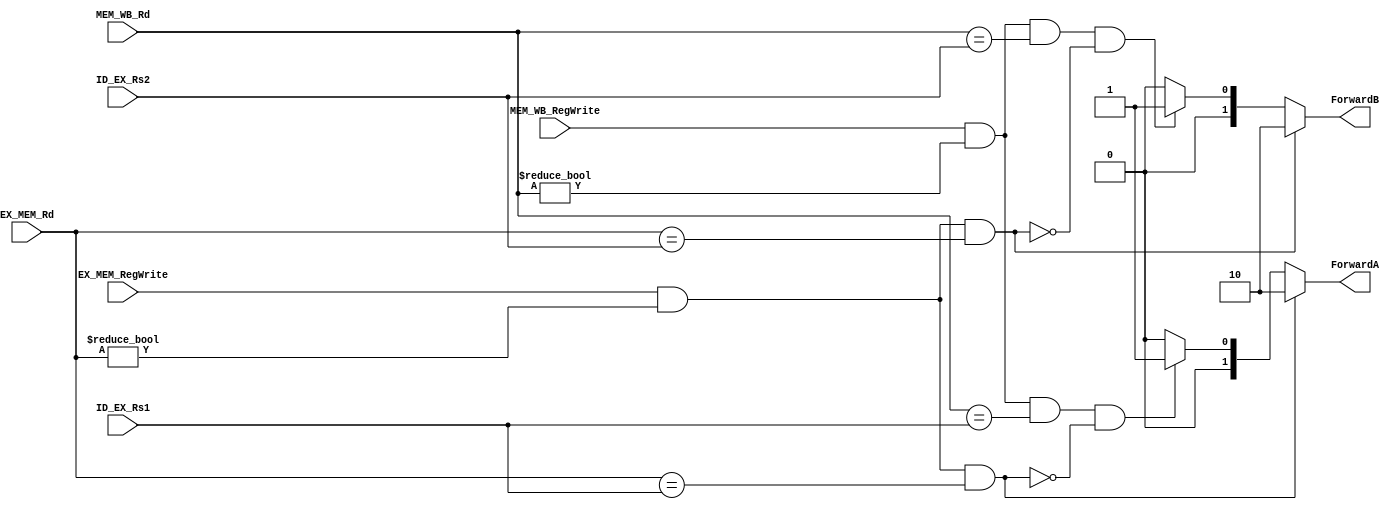

`timescale 1ns/1ns


module ForwardUnit(
    input [4:0]     ID_EX_Rs1,
    input [4:0]     ID_EX_Rs2,
    input           EX_MEM_RegWrite,
    input [4:0]     EX_MEM_Rd,
    input           MEM_WB_RegWrite,
    input [4:0]     MEM_WB_Rd,
    output reg[1:0] ForwardA,
    output reg[1:0] ForwardB

);  

    always @ (*) begin
        if (EX_MEM_RegWrite && (EX_MEM_Rd != 0) && (EX_MEM_Rd == ID_EX_Rs1))
            ForwardA = 2'b10;
        else if (MEM_WB_RegWrite && (MEM_WB_Rd != 0) && (MEM_WB_Rd == ID_EX_Rs1) && !(EX_MEM_RegWrite && (EX_MEM_Rd != 0) && (EX_MEM_Rd == ID_EX_Rs1) ) )
            ForwardA = 2'b01;
        else 
            ForwardA = 2'b00;
    end
    
    always @ (*) begin
        if (EX_MEM_RegWrite && (EX_MEM_Rd != 0) && (EX_MEM_Rd == ID_EX_Rs2))
            ForwardB = 2'b10;
        else if (MEM_WB_RegWrite && (MEM_WB_Rd != 0) && (MEM_WB_Rd == ID_EX_Rs2) && !(EX_MEM_RegWrite && (EX_MEM_Rd != 0) && (EX_MEM_Rd == ID_EX_Rs2) ) )
            ForwardB = 2'b01;
        else
            ForwardB = 2'b00;
    end
    
endmodule